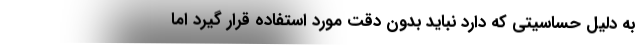
به دلیل حساسیتی که دارد نباید بدون دقت مورد استفاده قرار گیرد اما